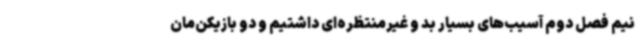
نیم فصل دوم آسیب‌های بسیار بد و غیرمنتظره‌ای داشتیم و دو بازیکن‌مان